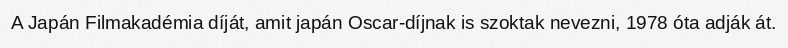
A Japán Filmakadémia díját, amit japán Oscar-díjnak is szoktak nevezni, 1978 óta adják át.